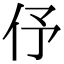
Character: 伃